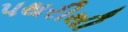
પથરીથી